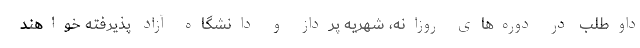
داوطلب در دوره‌های روزانه، شهریه پرداز و دانشگاه آزاد پذیرفته خواهند